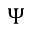
\Psi